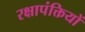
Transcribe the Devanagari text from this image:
रक्षापंक्तियों